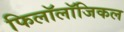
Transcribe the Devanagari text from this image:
फिलॉलॉजिकल